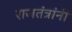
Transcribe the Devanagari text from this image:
राजतंत्रांनी